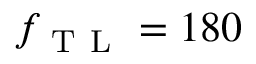
f _ { \mathrm { ~ T ~ L ~ } } = 1 8 0